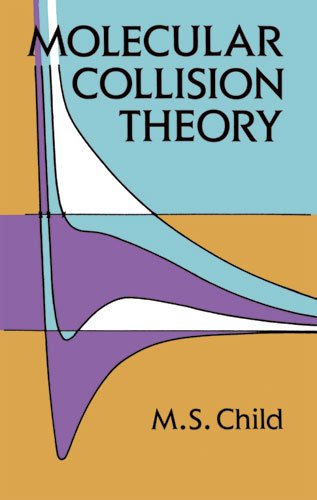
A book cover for Molecular Collision Theory (Dover Books on Chemistry); M. S. Child; Science & Math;